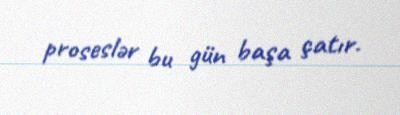
proseslər bu gün başa çatır.